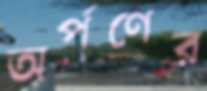
অর্পণের